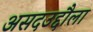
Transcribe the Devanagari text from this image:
असदउद्दौला